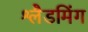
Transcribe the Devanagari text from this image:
श्लैडमिंग